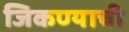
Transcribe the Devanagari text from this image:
जिकण्याची